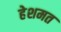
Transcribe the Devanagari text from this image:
हेशमत